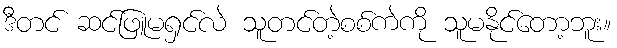
ဒီတင် ဆင်ဖြူမရှင်လဲ သူတင်တဲ့စစ်ကဲကို သူမနိုင်တော့ဘူး။